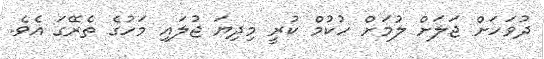
ދުވަހަށް ޖަލަށް ލުމަށް ހުކުމް ކުރީ މިދިޔަ ޖުލައި މަހުގެ ތެރޭގަ އެވެ.